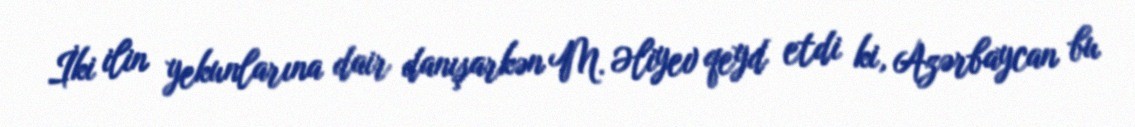
İki ilin yekunlarına dair danışarkən M. Əliyev qeyd etdi ki, Azərbaycan bu